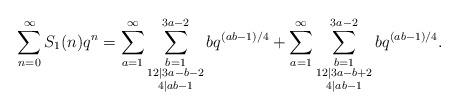
LaTeX: \begin{align*} \sum_{n=0}^\infty S_1(n)q^n=\sum_{a=1}^\infty \sum_{\substack{b=1\\ 12|3a-b-2\\4|ab-1}}^{3a-2} bq^{(ab-1)/4}+\sum_{a=1}^\infty \sum_{\substack{b=1\\ 12|3a-b+2\\4|ab-1}}^{3a-2} bq^{(ab-1)/4}.\end{align*}